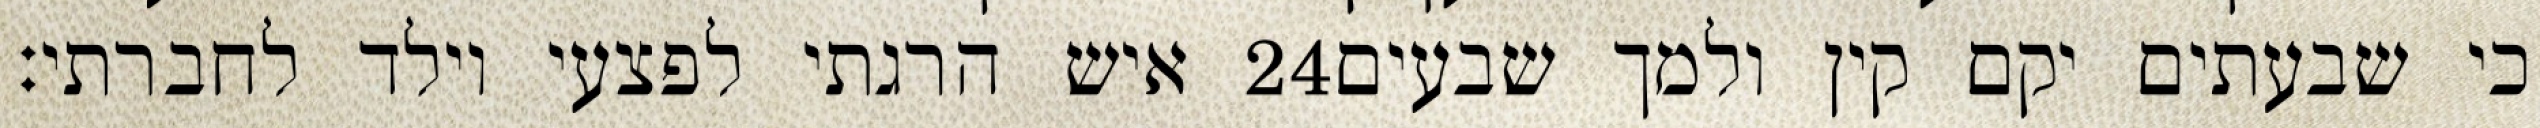
איש הרגתי לפצעי וילד לחברתי׃ ‎24‏ כי שבעתים יקם קין ולמך שבעים